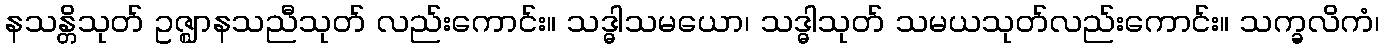
နသန္တိသုတ် ဥဇ္ဈာနသညီသုတ် လည်းကောင်း။ သဒ္ဓါသမယော၊ သဒ္ဓါသုတ် သမယသုတ်လည်းကောင်း။ သက္ခလိကံ၊